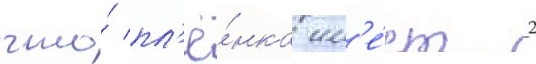
что́ пл'ё́нка им'е́ет 2